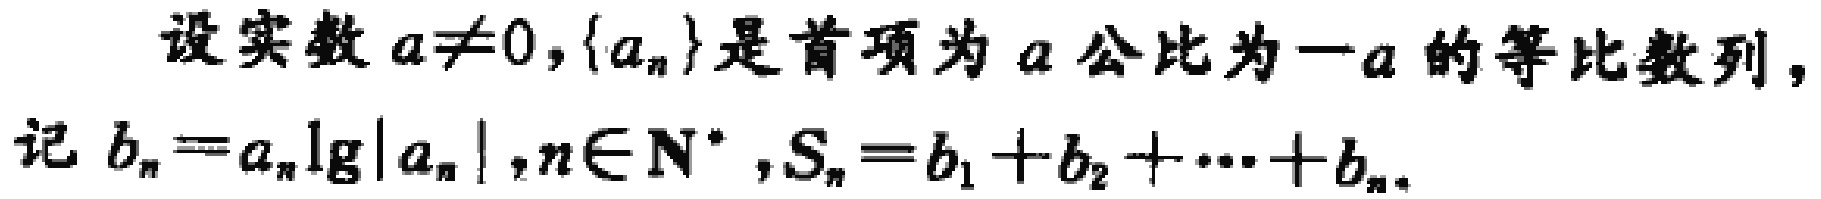
设实数\(a\neq0\)，\(\{a_{n}\}\)是首项为\(a\)公比为\(-a\)的等比数列，记\(b_{n}=a_{n}\lg|a_{n}|,n\in \mathbf{N}^{*},S_{n}=b_{1}+b_{2}+\cdots +b_{n}\)。